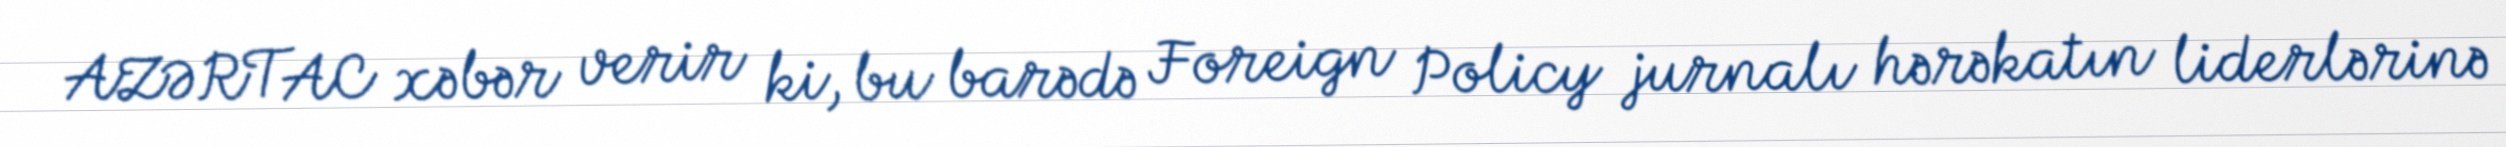
AZƏRTAC xəbər verir ki, bu barədə Foreign Policy jurnalı hərəkatın liderlərinə